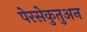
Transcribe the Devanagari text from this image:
पेरसेकुतुअन